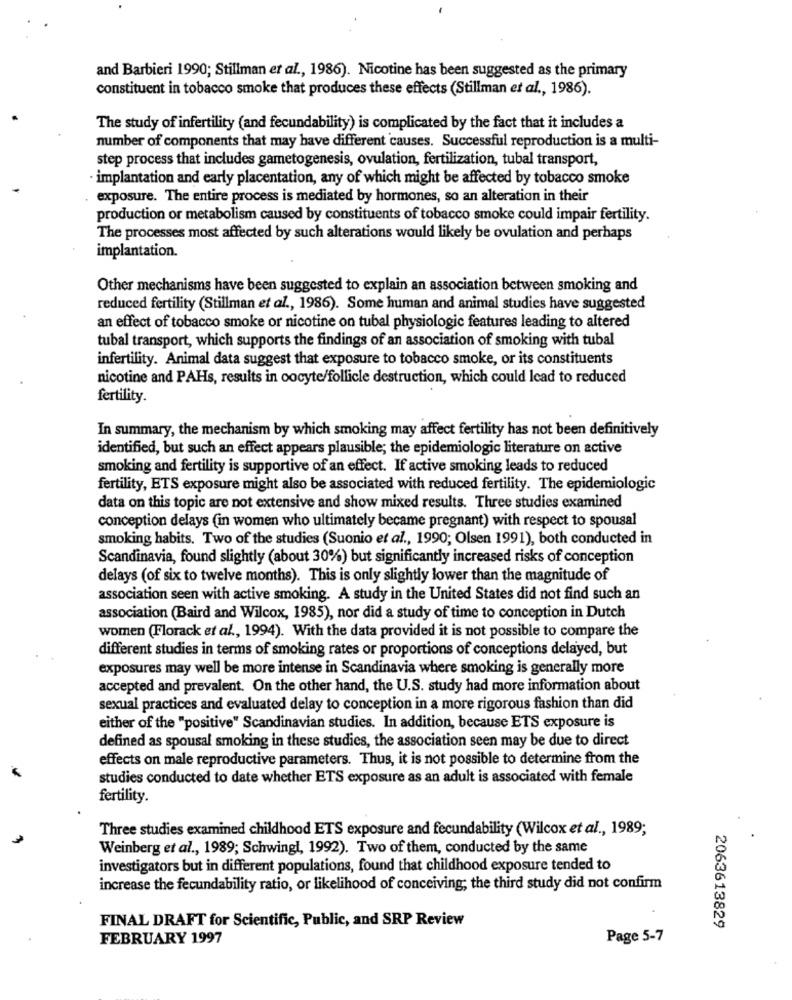
and Barbieri 1990; Stillman et al ., 1986). Nicotine has been suggested as the primary
constituent in tobacco smoke that produces these effects (Stillman et al ., 1986).
The study of infertility (and fecundability) is complicated by the fact that it includes a
number of components that may have different causes. Successful reproduction is a multi-
step process that includes gametogenesis, ovulation, fertilization, tubal transport,
implantation and early placentation, any of which might be affected by tobacco smoke
exposure. The entire process is mediated by hormones, so an alteration in their
production or metabolism caused by constituents of tobacco smoke could impair fertility.
The processes most affected by such alterations would likely be ovulation and perhaps
implantation.
Other mechanisms have been suggested to explain an association between smoking and
reduced fertility (Stillman et al ., 1986). Some human and animal studies have suggested
an effect of tobacco smoke or nicotine on tubal physiologic features leading to altered
tubal transport, which supports the findings of an association of smoking with tubal
infertility. Animal data suggest that exposure to tobacco smoke, or its constituents
nicotine and PAHs, results in oocyte/follicle destruction, which could lead to reduced
fertility.
In summary, the mechanism by which smoking may affect fertility has not been definitively
identified, but such an effect appears plausible; the epidemiologic literature on active
smoking and fertility is supportive of an effect. If active smoking leads to reduced
fertility, ETS exposure might also be associated with reduced fertility. The epidemiologic
data on this topic are not extensive and show mixed results. Three studies examined
conception delays (in women who ultimately became pregnant) with respect to spousal
smoking habits. Two of the studies (Suonio et al ., 1990; Olsen 1991), both conducted in
Scandinavia, found slightly (about 30%) but significantly increased risks of conception
delays (of six to twelve months). This is only slightly lower than the magnitude of
association seen with active smoking. A study in the United States did not find such an
association (Baird and Wilcox, 1985), nor did a study of time to conception in Dutch
women (Florack et al ., 1994). With the data provided it is not possible to compare the
different studies in terms of smoking rates or proportions of conceptions delayed, but
exposures may well be more intense in Scandinavia where smoking is generally more
accepted and prevalent. On the other hand, the U.S. study had more information about
sexual practices and evaluated delay to conception in a more rigorous fashion than did
either of the "positive" Scandinavian studies. In addition, because ETS exposure is
defined as spousal smoking in these studies, the association seen may be due to direct
effects on male reproductive parameters. Thus, it is not possible to determine from the
studies conducted to date whether ETS exposure as an adult is associated with female
fertility.
Three studies examined childhood ETS exposure and fecundability (Wilcox et al ., 1989;
Weinberg et al ., 1989; Schwingt, 1992). Two of them, conducted by the same
investigators but in different populations, found that childhood exposure tended to
increase the fecundability ratio, or likelihood of conceiving; the third study did not confirm
FINAL DRAFT for Scientific, Public, and SRP Review
2063613829
FEBRUARY 1997
Page 5-7